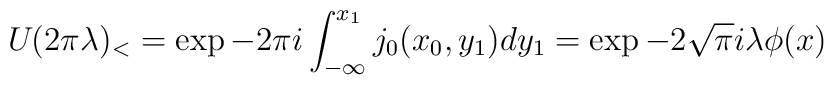
U_{{}}(2\pi \lambda )_{<}=\exp -2\pi i\int_{-\infty}^{x_{1}}j_{0}(x_{0},y_{1})dy_{1}=\exp -2\sqrt{\pi }i\lambda \phi (x)